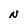
Character: N